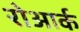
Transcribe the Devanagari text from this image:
रोआर्क